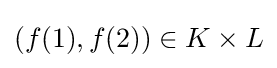
\left(f(1),f(2)\right)\in K\times L